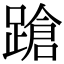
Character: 蹌